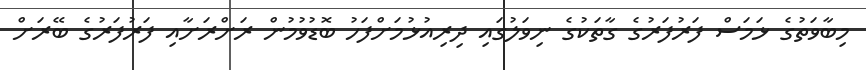
މިބާވަތުގެ ޅަމަސް ފަރުފަރުގެ ގާތަކުގެ ނިވަލުގައި ދިރިއުޅުމަށްފަހު ބޮޑުވުމުން ރަށްރަށާއި ފަރުފަރުގެ ބޭރަށް